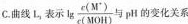
C.曲线L_{2}表示 \lg \frac{c(M^{+})}{c(MOH)}与 pH的变化关系